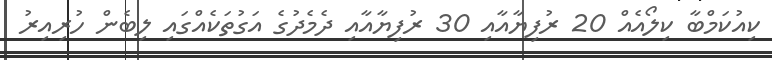
ކިއުކަމްބާ ކިލޯއެއް 20 ރުފިޔާއާއި 30 ރުފިޔާއާއި ދެމެދުގެ އަގުތަކެއްގައި ލިބެން ހުރިއިރު